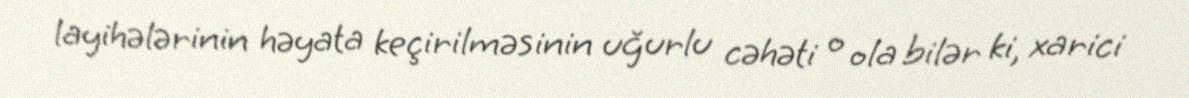
layihələrinin həyata keçirilməsinin uğurlu cəhəti o ola bilər ki, xarici